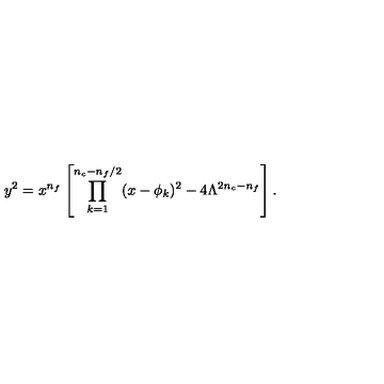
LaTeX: y ^ { 2 } = x ^ { n _ { f } } \left[ \prod _ { k = 1 } ^ { n _ { c } - n _ { f } / 2 } ( x - \phi _ { k } ) ^ { 2 } - 4 \Lambda ^ { 2 n _ { c } - n _ { f } } \right] .